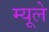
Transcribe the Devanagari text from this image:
म्यूले